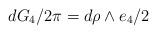
LaTeX: \begin{align*} d G_4/{2\pi} = d\rho \land e_4/2\end{align*}